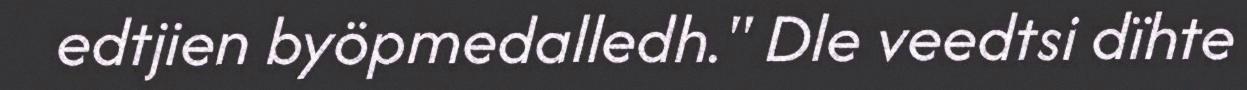
edtjien byöpmedalledh." Dle veedtsi dïhte